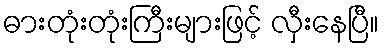
ဓားတုံးတုံးကြီးများဖြင့် လှီးနေပြီ။